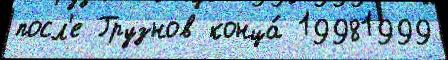
посл'е Грузнов конца́ 19981999